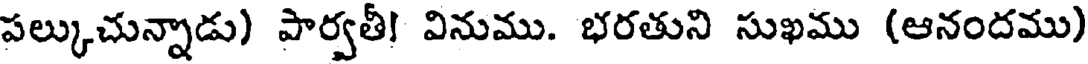
పల్కుచున్నాడు) పార్వతీ! వినుము. భరతుని సుఖము (ఆనందము)